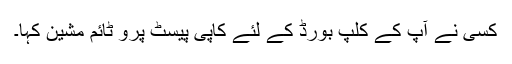
کسی نے آپ کے کلپ بورڈ کے لئے کاپی پیسٹ پرو ٹائم مشین کہا۔